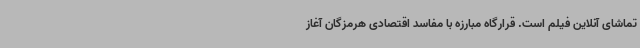
تماشای آنلاین فیلم است. قرارگاه مبارزه با مفاسد اقتصادی هرمزگان آغاز